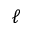
\ell